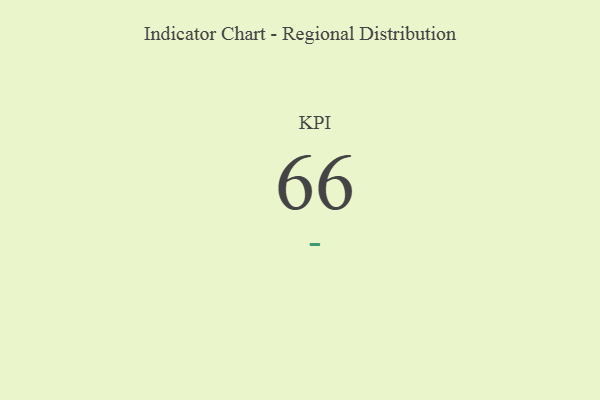
{"axis": {"x": "KPI", "y": "Value"}, "legend": [""], "data": [{"x": "KPI", "y": 66, "type": ""}]}